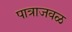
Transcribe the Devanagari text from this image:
पात्राजवळ